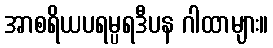
အာစရိယပရမ္ပရဒီပန ဂါထာများ။